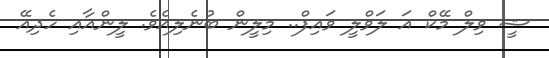
ޝީ ވިލް މޭކް އަ ލަވްލީ ވައިފް.. މިލީން ބުނެލިއެވެ. ލީންއާއި ހެދިއޭ